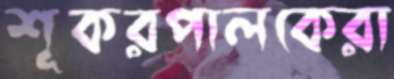
শূকরপালকেরা